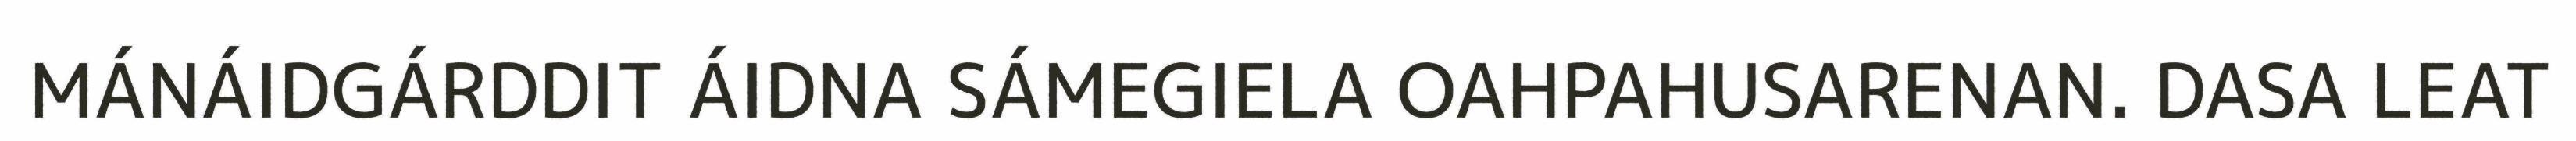
MÁNÁIDGÁRDDIT ÁIDNA SÁMEGIELA OAHPAHUSARENAN. DASA LEAT